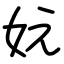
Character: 妧